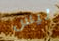
ليس